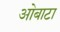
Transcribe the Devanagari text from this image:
ओबाटा